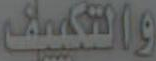
والتكييف